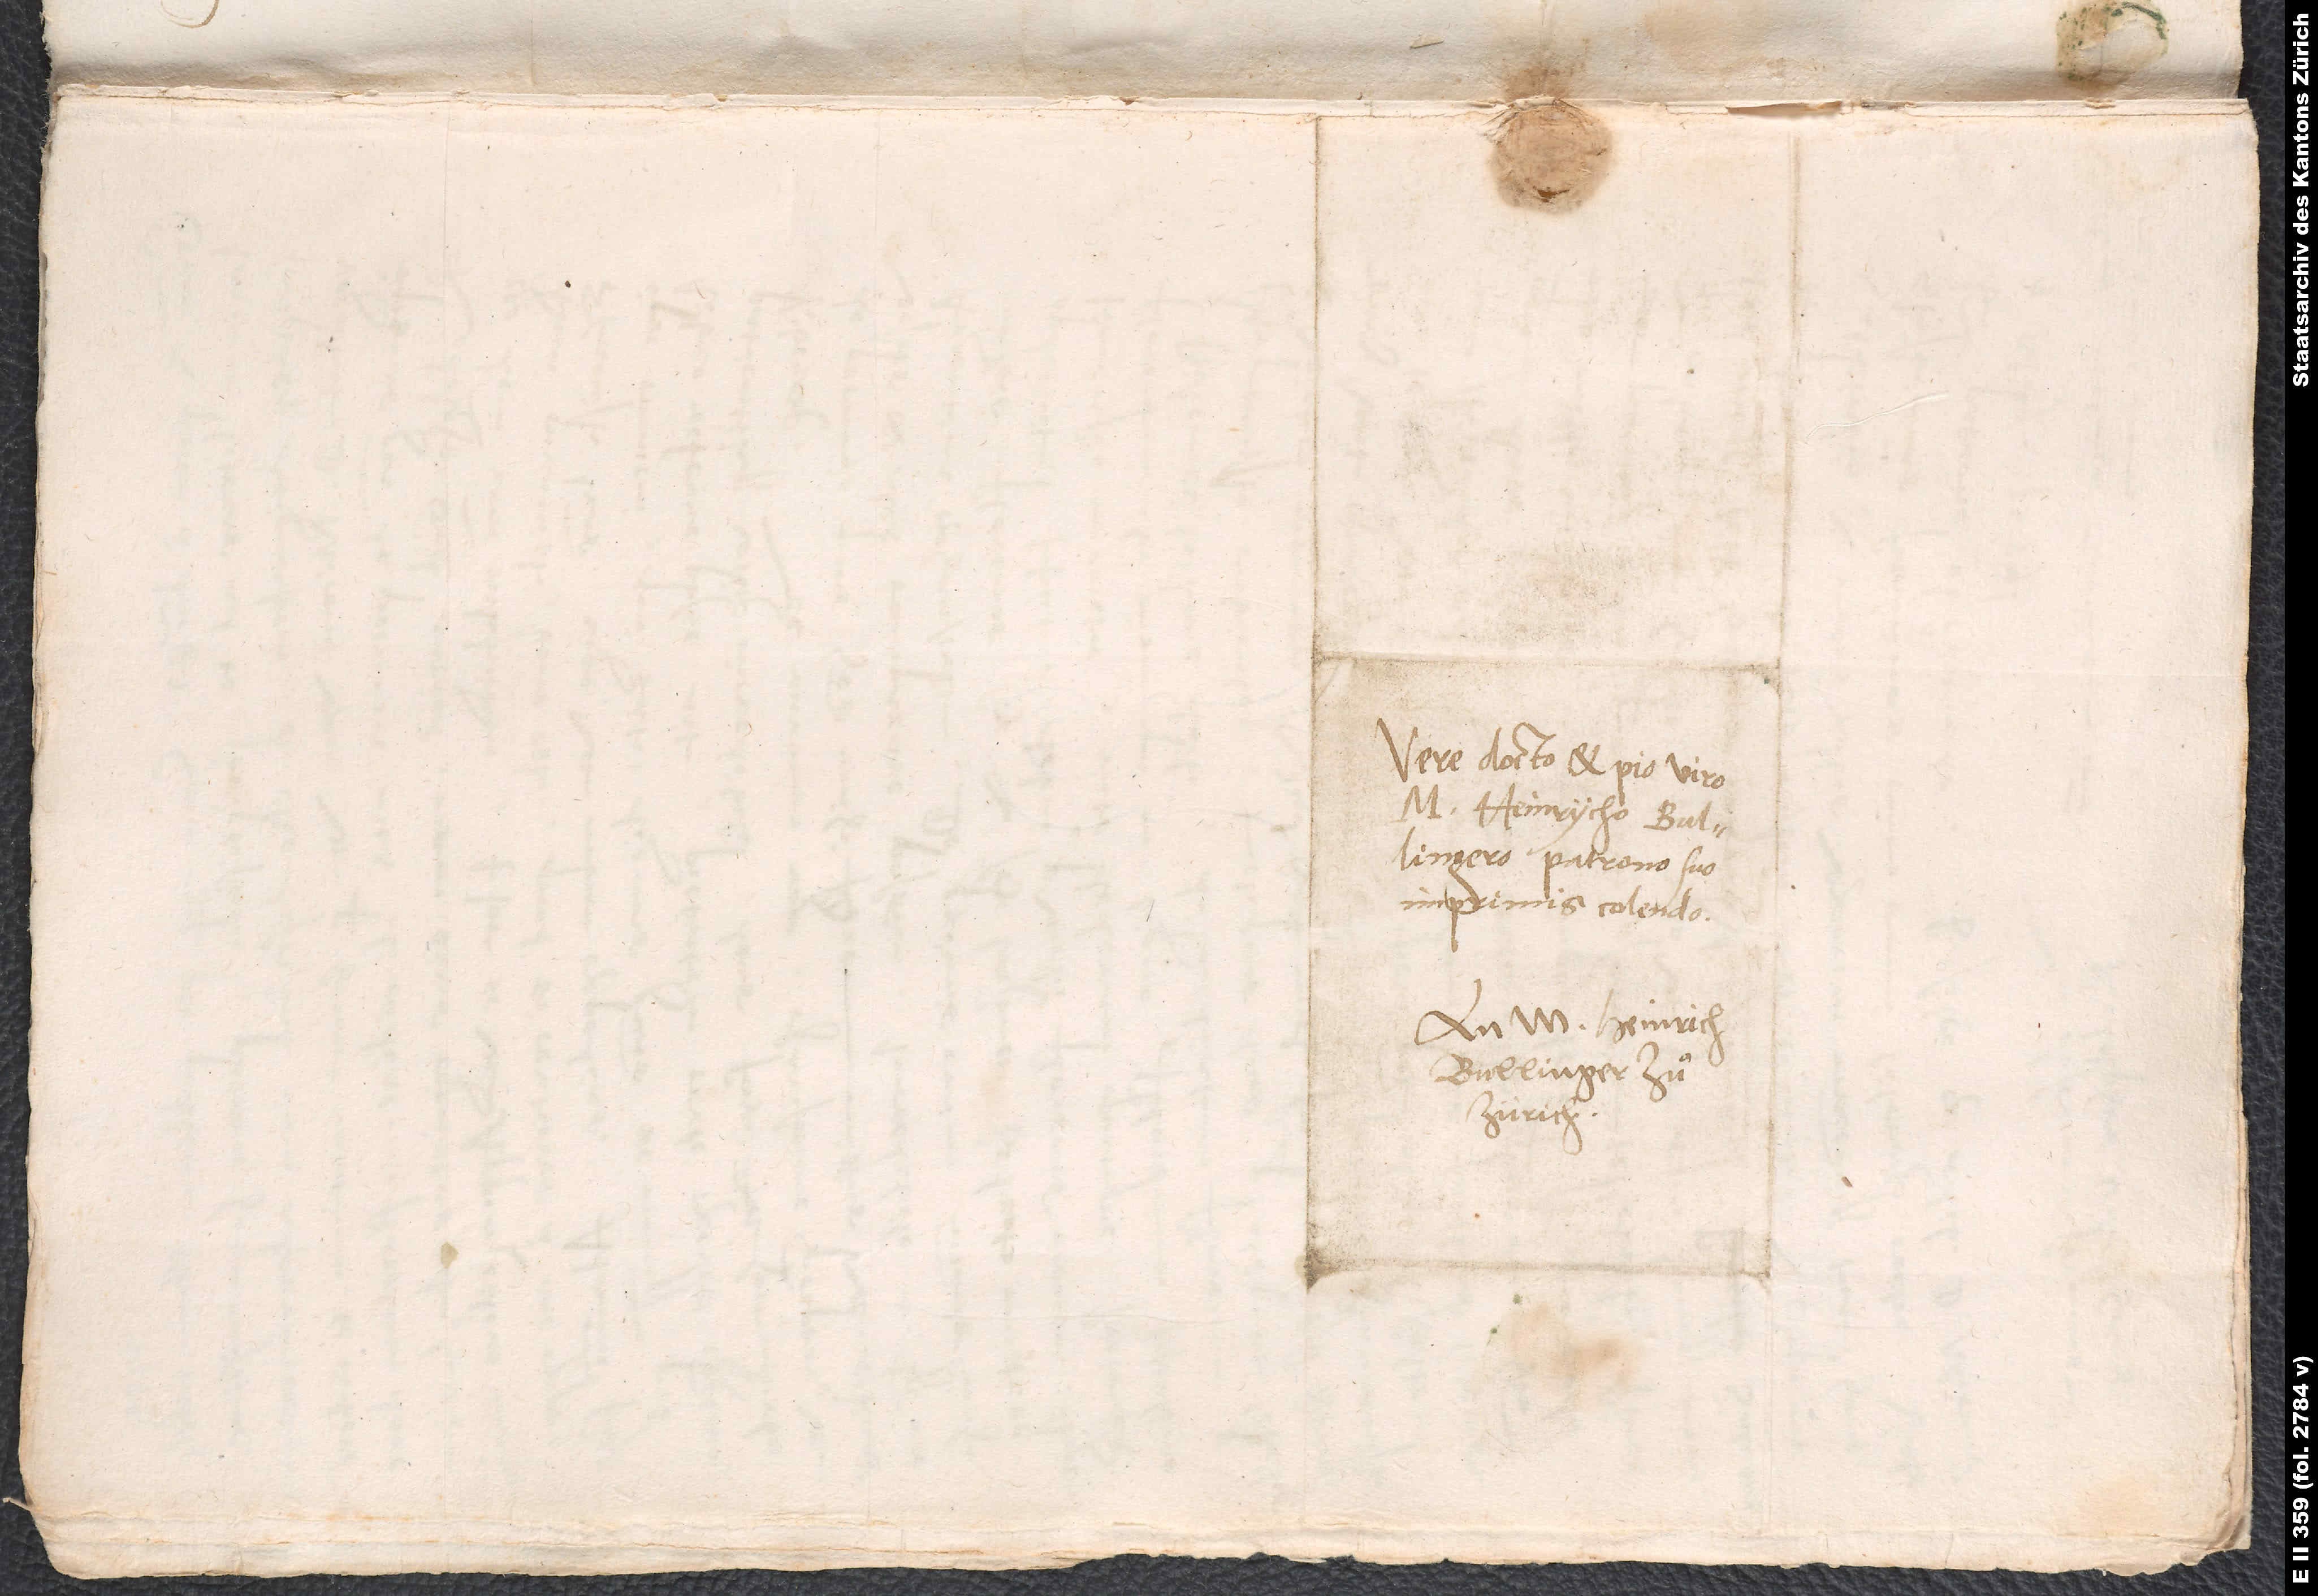
Vere docto et pio viro
M. Heinrycho Bullingero,
imprimis colendo.
An M. Heinrich
Bullinger zuͦ
Zürich.